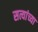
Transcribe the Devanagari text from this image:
सत्यांच्या